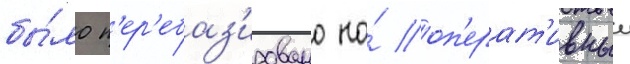
бы́ло п'ер'ебаз'ировано на́ оп'ерат'ивныи